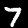
Digit: 7